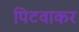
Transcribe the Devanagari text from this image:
पिटवाकर